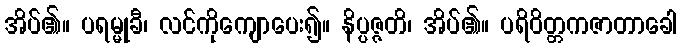
အိပ်၏။ ပရမ္မုခီ၊ လင်ကိုကျောပေး၍။ နိပ္ပဇ္ဇတိ၊ အိပ်၏။ ပရိဝိတ္တကဇာတာခေါ